Malaria in the Duars
Disease focus: Malaria
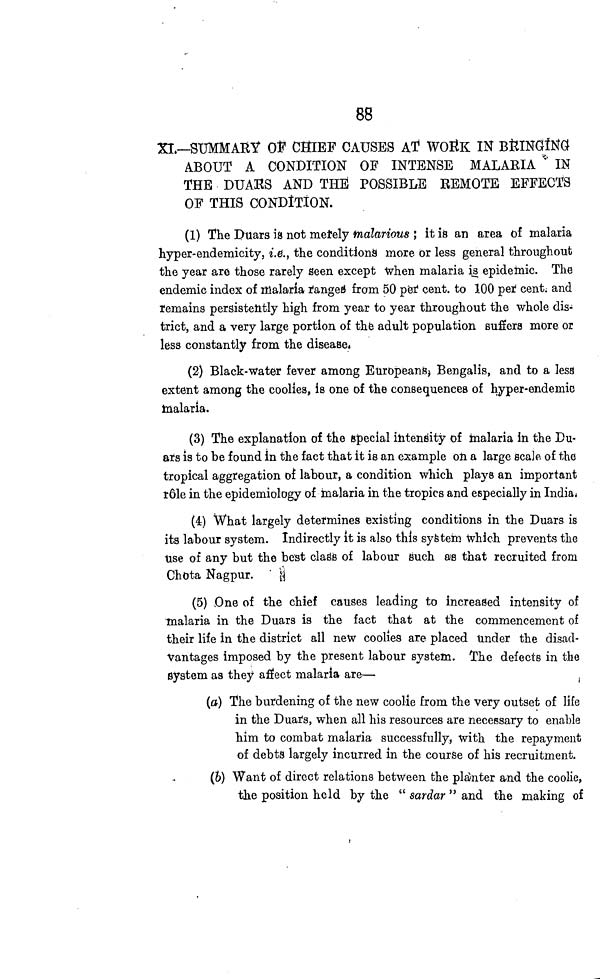
88
XI.—SUMMARY OF CHIEF CAUSES AT WORK IN BRINGING
ABOUT A CONDITION OF INTENSE MALAEIA IN
THE DUARS AND THE POSSIBLE REMOTE EFFECTS
OF THIS CONDITION.
(1) The Duars is not merely malarious ', it is an area of malaria
hyper-endemicity, i.e., the conditions more or less general throughout
the year are those rarely seen except when malaria is epidemic. The
endemic index of malaria ranged from 50 per cent. to 100 per cent. and
remains persistently high from year to year throughout the whole dis-
trict, and a very large portion of the adult population suffers more or
less constantly from the disease.
(2) Black-Water fever among Europeans, Bengalis, and to a less
extent among the coolies, is one of the consequences of hyper-endemic
malaria.
(3) The explanation of the special intensity of malaria in the Du-
ars is to be found in the fact that it is an example on a large scale of the
tropical aggregation of labour, a condition which plays an important
r61e in the epidemiology of malaria in the tropics and especially in India.
(4) What largely determines existing conditions in the Duars is
its labour system. Indirectly it is also this system Which prevents the
Use of any but the best class of labour such as that recruited from
Chota Nagpur.
(5) One of the chief causes leading to increased intensity of
malaria in the Duars is the fact that at the commencement of
their life in the district all new coolies are placed under the disad-
vantages imposed by the present labour system. The defects in the
system as they affect malaria are—
(a) The burdening of the new coolie from the very outset of life
in the Duars, when all his resources are necessary to enable
him to combat malaria successfully, with the repayment
of debts largely incurred in the course of his recruitment.
(b) Want of direct relations between the planter and the coolie,
the position held by the " sardar " and the making of